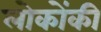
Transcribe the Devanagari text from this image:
लोकोंकी